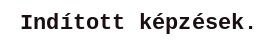
Indított képzések.